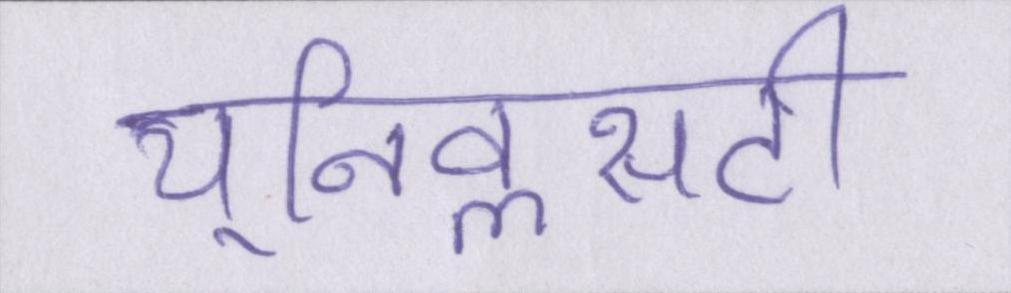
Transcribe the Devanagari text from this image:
यूनिवॢसटी